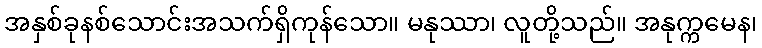
အနှစ်ခုနစ်သောင်းအသက်ရှိကုန်သော။ မနုဿာ၊ လူတို့သည်။ အနုက္ကမေန၊